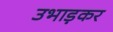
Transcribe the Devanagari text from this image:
उभाड़कर